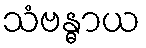
သံဗန္ဓာယ